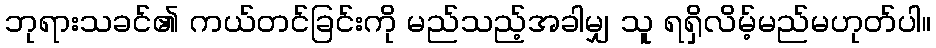
ဘုရားသခင်၏ ကယ်တင်ခြင်းကို မည်သည့်အခါမျှ သူ ရရှိလိမ့်မည်မဟုတ်ပါ။